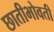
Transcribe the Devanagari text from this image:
छातीभोवती